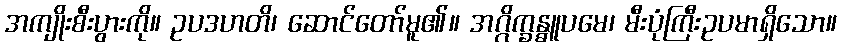
အကျိုးစီးပွားကို။ ဥပဒဟတိ၊ ဆောင်တော်မူ၏။ အဂ္ဂိက္ခန္ဓူပမေ၊ မီးပုံကြီးဥပမာရှိသော။